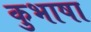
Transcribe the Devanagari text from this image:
कुभाषा